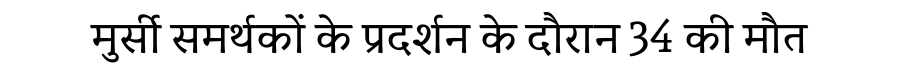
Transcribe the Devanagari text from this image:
मुर्सी समर्थकों के प्रदर्शन के दौरान 34 की मौत